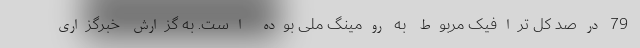
79 درصد کل ترافیک مربوط به رومینگ ملی بوده است. به گزارش خبرگزاری